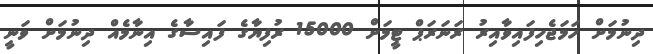
ދިނުމަށް ހަމަޖެހިފައިވާއިރު ރަނަރަޕް ޓީމަށް 15000 ރުފިޔާގެ ފައިސާގެ އިނާމެއް ދިނުމަށް ވަނީ